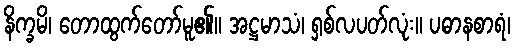
နိက္ခမိ၊ တောထွက်တော်မူ၏။ အဋ္ဌမာသံ၊ ရှစ်လပတ်လုံး။ ပဓာနစာရံ၊